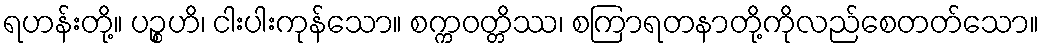
ရဟန်းတို့။ ပဉ္စဟိ၊ ငါးပါးကုန်သော။ စက္ကဝတ္တိဿ၊ စကြာရတနာတို့ကိုလည်စေတတ်သော။